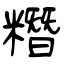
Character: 糣